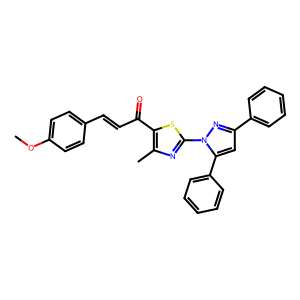
SMILES: COc1ccc(C=CC(=O)c2sc(-n3nc(-c4ccccc4)cc3-c3ccccc3)nc2C)cc1
Inhibits HIV replication: No